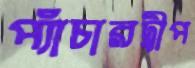
প্যাঁচারদ্বীপ